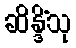
ဆိန္ဒိံသု